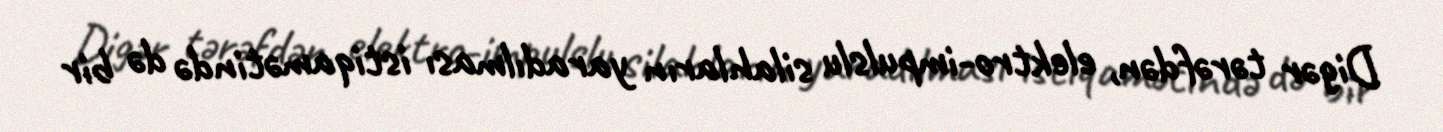
Digər tərəfdən, elektro-impulslu silahların yaradılması istiqamətində də bir